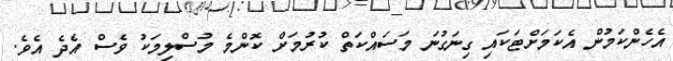
އެހެންކަމުން އެކަމަށްޓަކައި ގިނަގުނަ މަސައްކަތް ކުރުމަށް ކޮންމެ މުސްލިމަކު ވެސް އެދެ އެވެ.